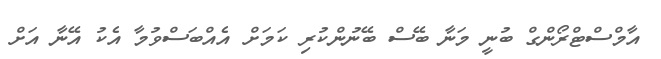
އާމްސްޓްރޯންގް ބުނީ މަނާ ބޭސް ބޭނުންކުރި ކަމަށް އެއްބަސްވުމާ އެކު އޭނާ އަށް